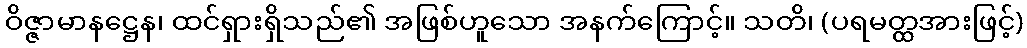
ဝိဇ္ဇာမာနဋ္ဌေန၊ ထင်ရှားရှိသည်၏ အဖြစ်ဟူသော အနက်ကြောင့်။ သတိ၊ (ပရမတ္ထအားဖြင့်)